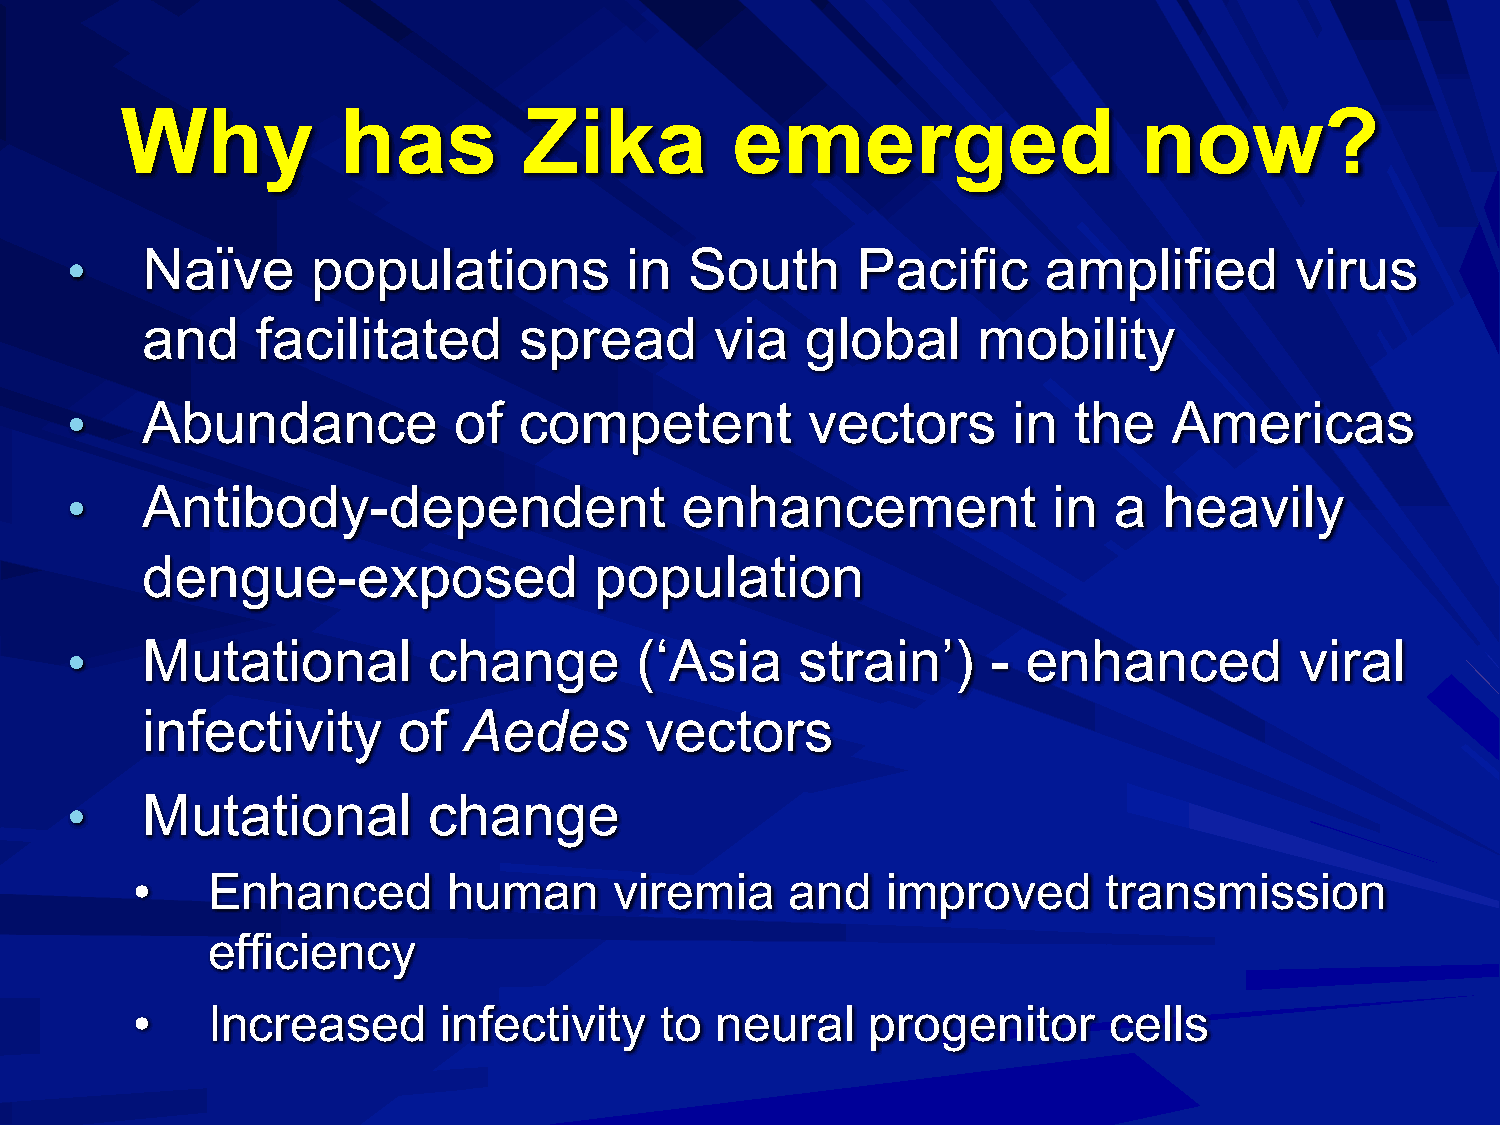
Why           has          Zika         emerged                    now?
 •    Naïve       populations         in   South      Pacific     amplified        virus
 and     facilitated      spread       via   global      mobility
 •    Abundance            of  competent          vectors       in  the    Americas
 •    Antibody-dependent                  enhancement              in  a  heavily
 dengue-exposed                population
 •    Mutational         change        (‘Asia     strain’)     - enhanced          viral
 infectivity      of   Aedes       vectors
 •    Mutational         change
 •    Enhanced        human      viremia    and    improved      transmission
 efficiency
 •    Increased      infectivity    to neural     progenitor     cells